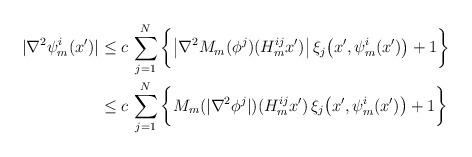
LaTeX: \begin{align*} |\nabla^2 \psi^i_m(x')| & \leq c\,\sum_{j=1}^N\bigg\{\big|\nabla^2 M_m(\phi^j)(H^{ij}_m x')\big|\,\xi_j\big(x',\psi^i_m(x')\big)+1\bigg\} \\ &\leq c\,\sum_{j=1}^N\bigg\{ M_m(|\nabla^2\phi^j|)(H^{ij}_m x')\,\xi_j\big(x',\psi^i_m(x')\big)+1\bigg\} \end{align*}